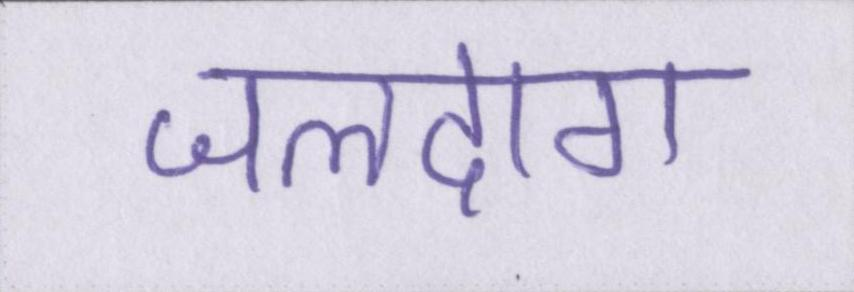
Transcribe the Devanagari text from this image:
जलदाग